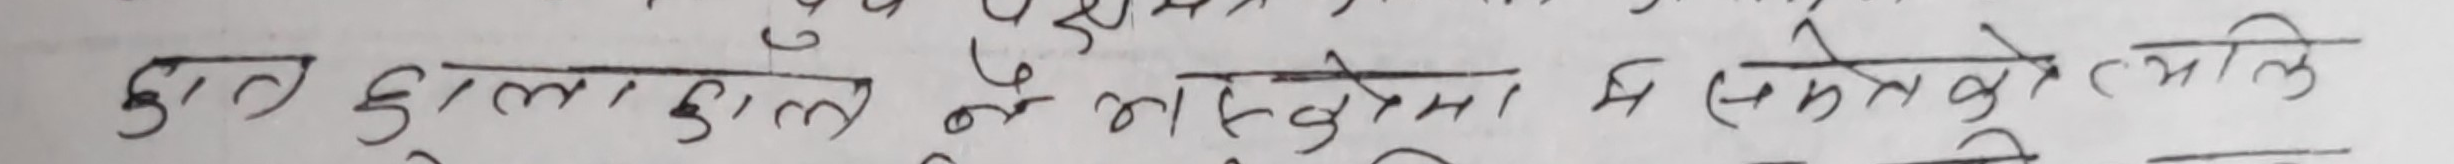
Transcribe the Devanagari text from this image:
हात खुला डाल न भएकोमा म समेतको अभिलेख